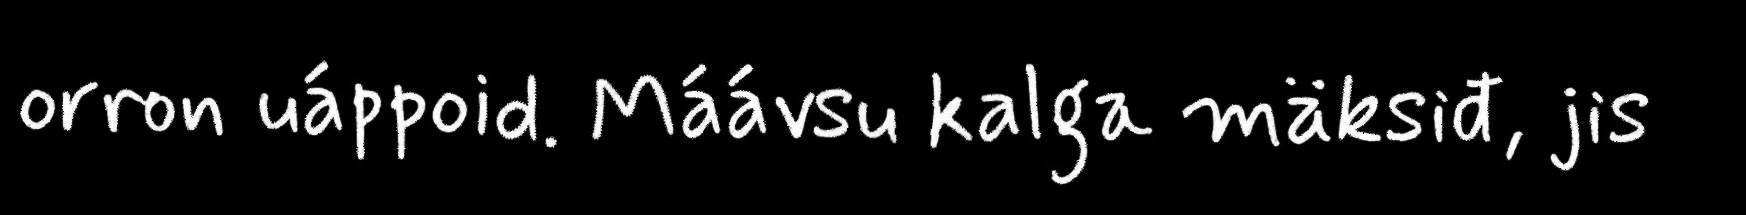
orron uáppoid. Máávsu kalga mäksiđ, jis